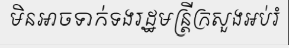
មិនអាចទាក់ទងរដ្ឋមន្ត្រីក្រសួងអប់រំ